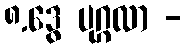
၈.ဒွေ ပုဂ္ဂလာ -